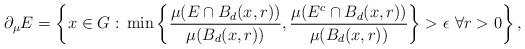
LaTeX: \begin{align*}\partial_\mu E = \left\{x\in G:\, \min\left\{\frac{\mu(E\cap B_d(x,r))}{\mu(B_d(x,r))}, \frac{\mu(E^c \cap B_d(x,r))}{\mu(B_d(x,r))}\right\} >\epsilon \, \,\forall r>0\right\}, \end{align*}